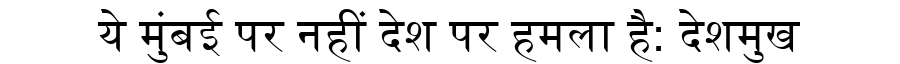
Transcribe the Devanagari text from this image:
ये मुंबई पर नहीं देश पर हमला है: देशमुख